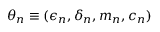
\theta _ { n } \equiv ( \epsilon _ { n } , \delta _ { n } , m _ { n } , c _ { n } )